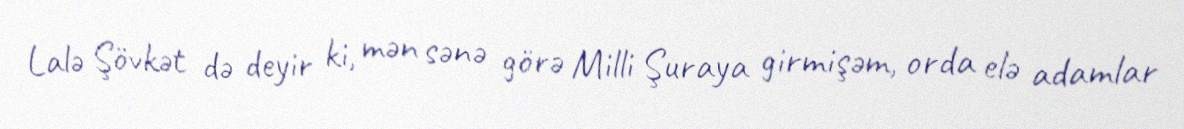
Lalə Şövkət də deyir ki, mən sənə görə Milli Şuraya girmişəm, orda elə adamlar